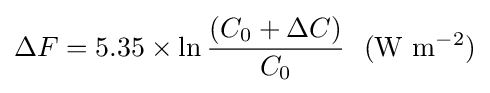
\Delta F=5.35\times \ln {(C_{0}+\Delta C) \over C_{0}}~~(\mathrm {W} ~\mathrm {m} ^{-2})